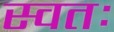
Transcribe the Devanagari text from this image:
स्वतः